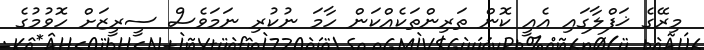
މިރޭގެ ޚަފްލާގައި އެއީ ކޮން ތަރިންތަކެއްކަން ހާމަ ނުކުރި ނަމަވެސް ސީރީޒަށް ހޮވުމުގެ